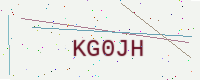
Text: KG0JH